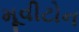
મૂવીટોન